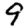
Digit: 9